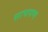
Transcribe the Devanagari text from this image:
साचपण